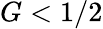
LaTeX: G<1/2